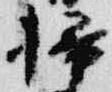
掃